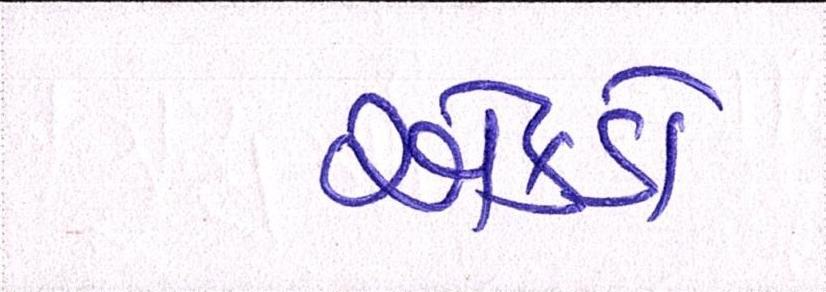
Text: એકડો